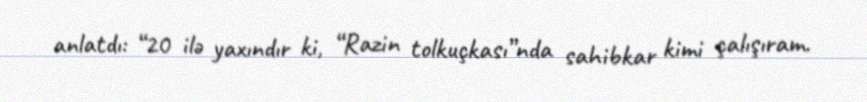
anlatdı: “20 ilə yaxındır ki, “Razin tolkuçkası”nda sahibkar kimi çalışıram.